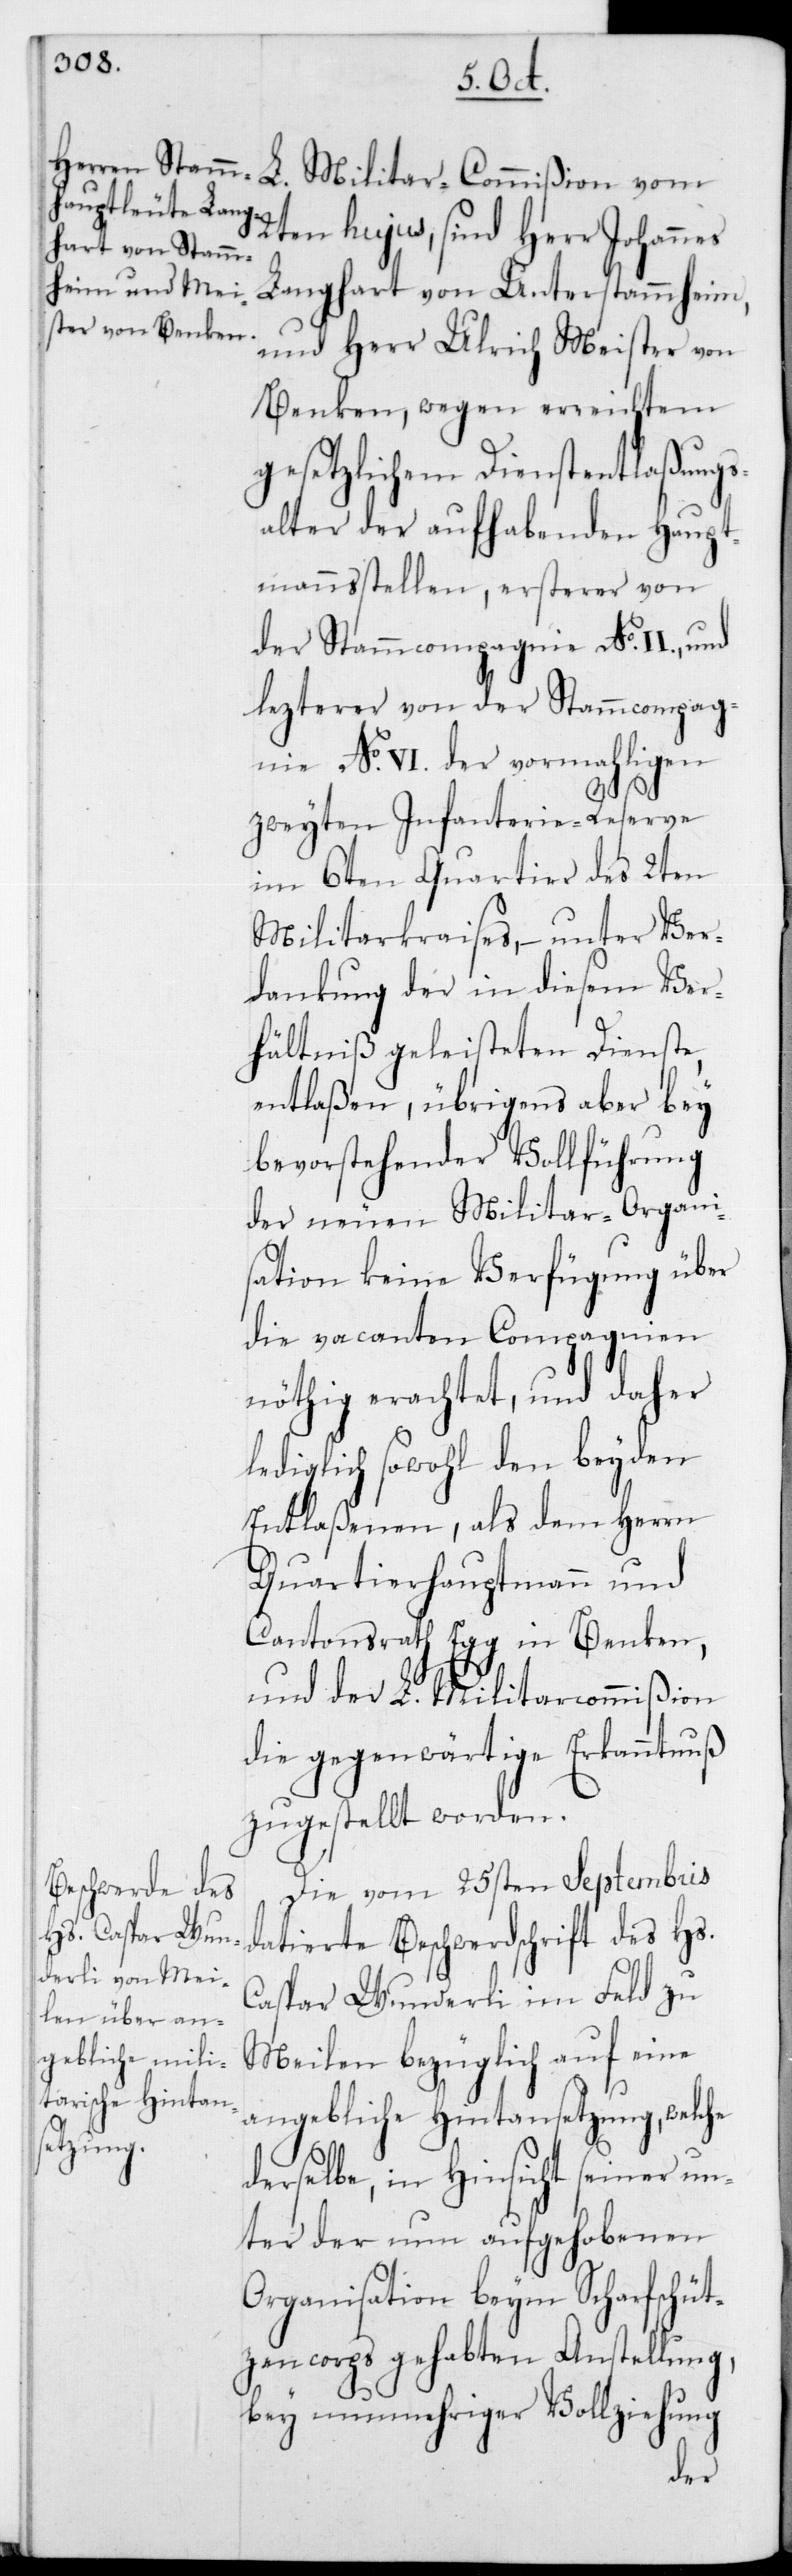
2ten hujus, sind Herr Johannes
Langhart von Unterstammheim,
und Herr Ulrich Meister von
Benken, wegen erreichtem
gesetzlichem Dienstentlaßungs¬
alter der aufhabenden Haupt¬
mannsstellen, ersterer von
der Stammcompagnie No II, und
lezterer von der Stammcompag¬
nie No VI der vormahligen
zweyten Infanterie-Reserve
im 6ten Quartier des 2ten
Militarkraises, – unter Ver¬
dankung der in diesem Ver¬
hältniß geleisteten Dienste,
entlaßen, übrigens aber bey
bevorstehender Vollführung
der neuen Militar-Organi¬
sation keine Verfügung über
die vacanten Compagnien
nöthig erachtet, und daher
lediglich sowohl den beyden
Entlaßenen, als dem Herrn
Quartierhauptmann und
Cantonsrath Egg in Benken,
und der L. Militarcommißion
die gegenwärtige Erkanntnuß
zugestellt worden.
Die von 25sten Septembris
datierte Beschwerdschrift des Hs.
Caspar Wunderli im Feld zu
Meilen bezüglich auf eine
angebliche Hintansetzung, welche
derselbe, in Hinsicht seiner un¬
ter der nun aufgehobenen
Organisation beym Scharfschüt¬
zencorps gehabten Anstellung,
bey nunmehriger Vollziehung